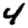
Digit: 4